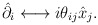
\begin{align*}\hat{\partial_i} \longleftrightarrow i\theta_{ij}\hat{x}_j.\end{align*}